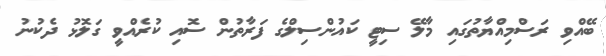
ބޭއްވި ރަސްމިއްޔާތުގައި މާލޭ ސިޓީ ކައުންސިލްގެ ފަރާތުން ސޮއި ކުރެއްވީ ގަލޮޅު ދެކުނު